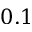
0 . 1